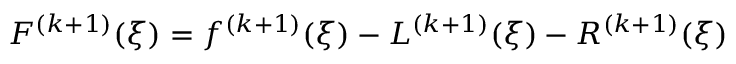
F ^ { ( k + 1 ) } ( \xi ) = f ^ { ( k + 1 ) } ( \xi ) - L ^ { ( k + 1 ) } ( \xi ) - R ^ { ( k + 1 ) } ( \xi )